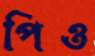
পিও